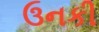
ઉનકી